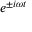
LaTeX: e ^ { \pm i \omega t }